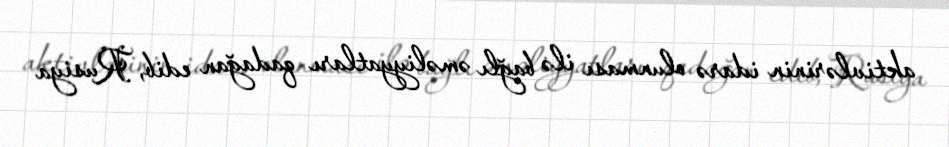
aktivlərinin idarə olunması ilə bağlı əməliyyatları qadağan edib, Rusiya